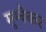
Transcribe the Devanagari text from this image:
मुम्बैकर